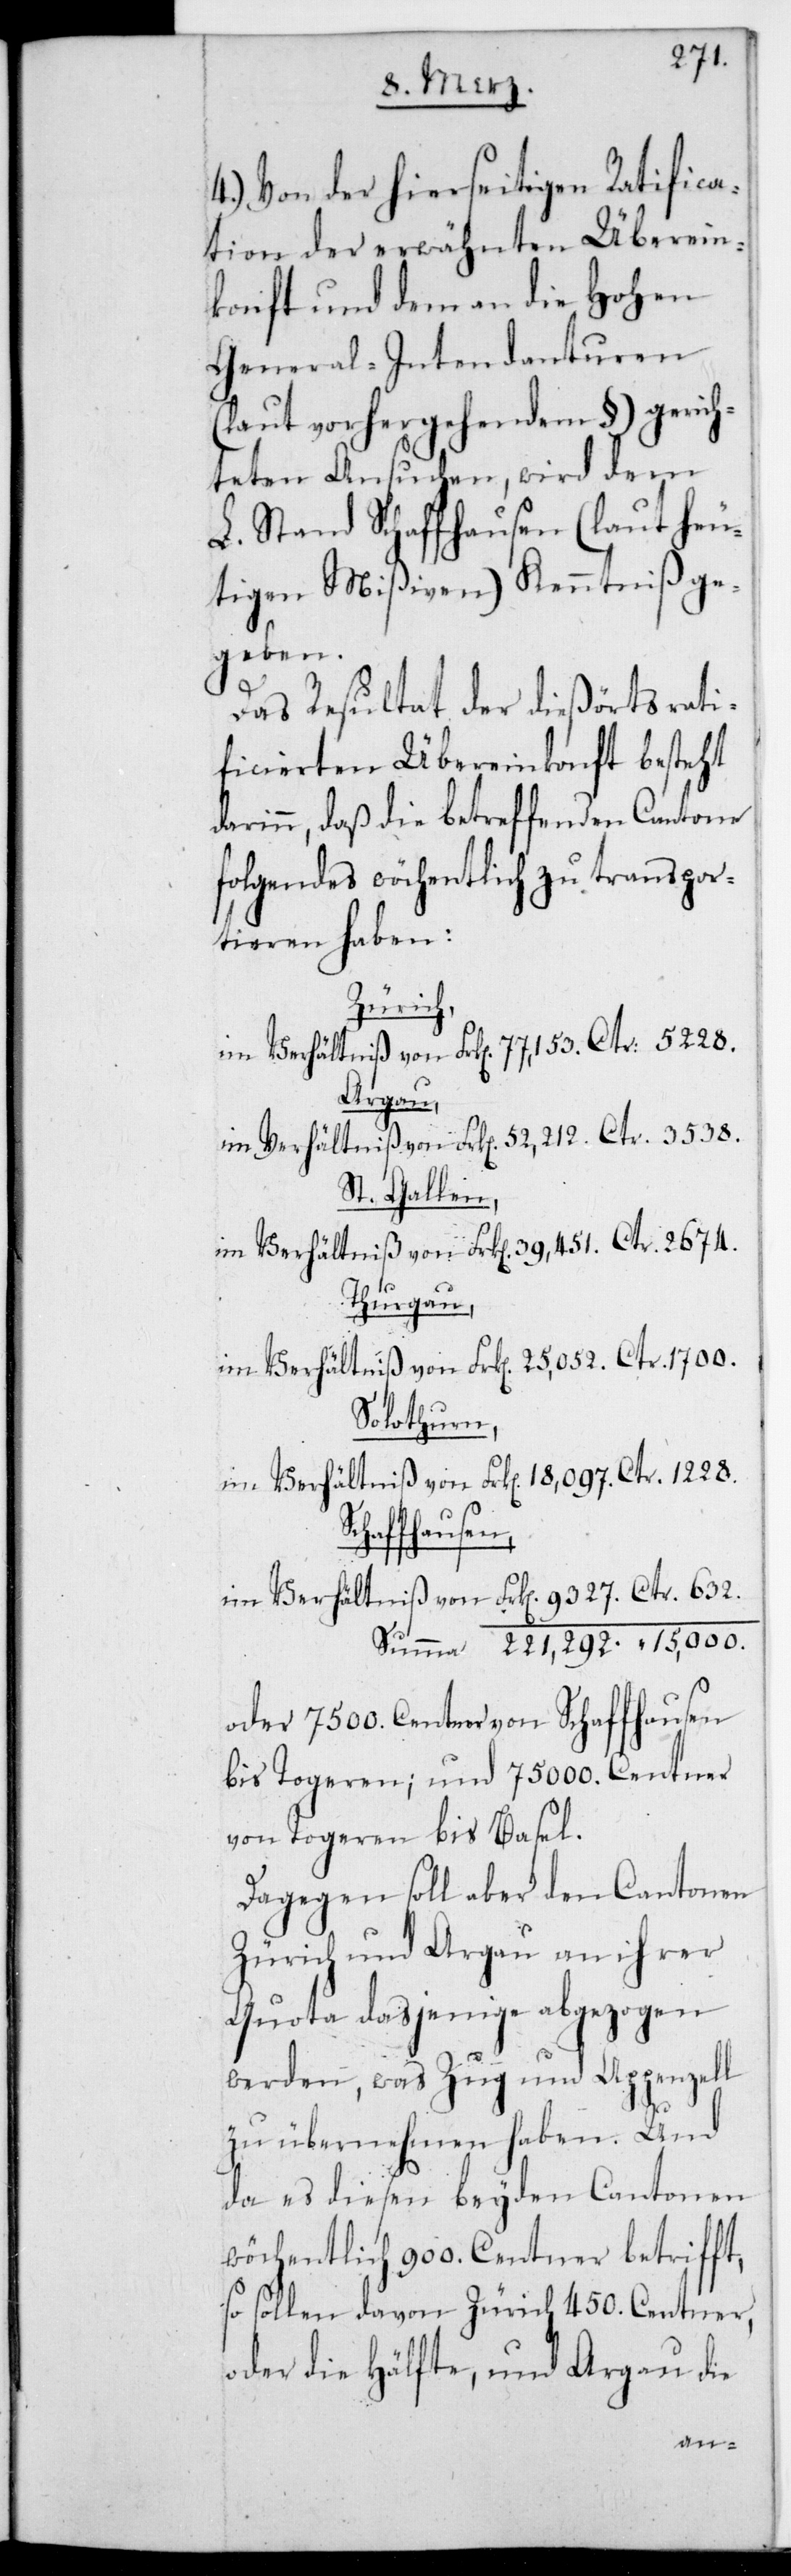
4.) Von der hierseitigen Ratifica¬
tion der erwähnten Überein¬
konft und dem an die Hohen
General-Intendanturen
(laut vorhergehendem §) gerich¬
teten Ansuchen, wird dem
L. Stand Schaffhausen (laut heu¬
tigen Mißiven) Kenntniß ge¬
geben.
Das Resultat der diesörts rati¬
ficierten Übereinkonft besteht
darin, daß die betreffenden Cantone
folgendes wöchentlich zu transpor¬
tieren haben:
Zürich,
im Verhältniß von Frk. 77,153. Ctr. 5228.
Scha¬
im Verhältniß von Frk. 52,212. Ctr. 3538.
St. Gallen,
im Verhältniß von Frk. 39,451. Ctr. 2674.
Thurgau,
im Verhältniß von Frk. 25,052. Ctr. 1700.
Solothurn,
im Verhältniß von Frk. 18,097. Ctr. 1228.
ffhausen,
im Verhältniß von Frk. 9327. Ctr. 632.
Summa Frk. 221,292. Ctr. 15,000.
oder 7500. Centner von Schaffhausen
bis Togeren; und 75 000. Centner
von Togeren bis Basel.
Dagegen soll aber den Cantonen
Zürich und Argau an ihrer
Quota dasjenige abgezogen
werden, was Zug und Appenzell
zu übernehmen haben. Und
da es diesen beyden Cantonen
wöchentlich 900. Centner betrifft,
so sollen davon Zürich 450. Centner
oder die Hälfte, und Argau die